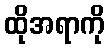
ထိုအရာကို